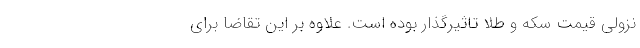
نزولی قیمت سکه و طلا تاثیرگذار بوده است. علاوه‌ بر این تقاضا برای